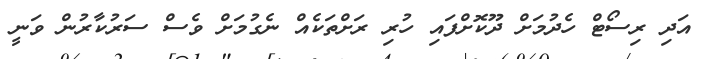
އަދި ރިސޯޓް ހެދުމަށް ދޫކޮށްފައި ހުރި ރަށްތަކެއް ނެގުމަށް ވެސް ސަރުކާރުން ވަނީ